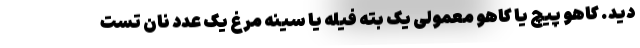
دید. کاهو پیچ یا کاهو معمولی یک بته فیله یا سینه مرغ یک عدد نان تست